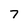
Character: 7